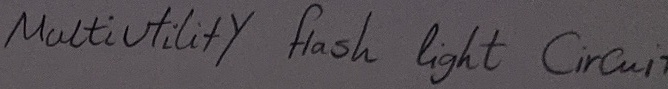
Text: Multiutility  flash  light   Circuit